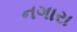
નગારા